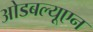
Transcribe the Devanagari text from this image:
ओडबल्यूएन